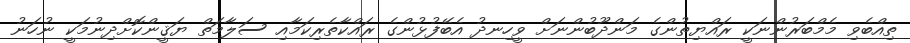
ތިއްބެވި މެމްބަރުންނަކީ ރައްޔިތުންގެ މަންދޫބުންނަށް ވީހިނދު އެބޭފުޅުންގެ ރައްކާތެރިކަމާއި ސަލާމަތް ޔަޤީންކޮށްދިނުމަކީ ނުހަނު